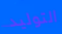
التوليد